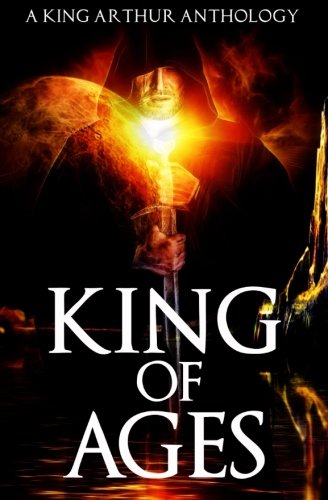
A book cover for King of Ages: A King Arthur Anthology; Josh Brown; Science Fiction & Fantasy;